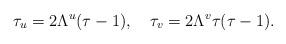
LaTeX: \begin{align*}\tau_u=2\Lambda^u(\tau-1),\ \ \ \tau_v=2\Lambda^v\tau(\tau-1).\end{align*}